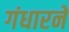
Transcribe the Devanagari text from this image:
गंधारने